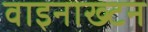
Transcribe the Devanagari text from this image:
वाइनाख्टन